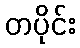
တပိုင်း